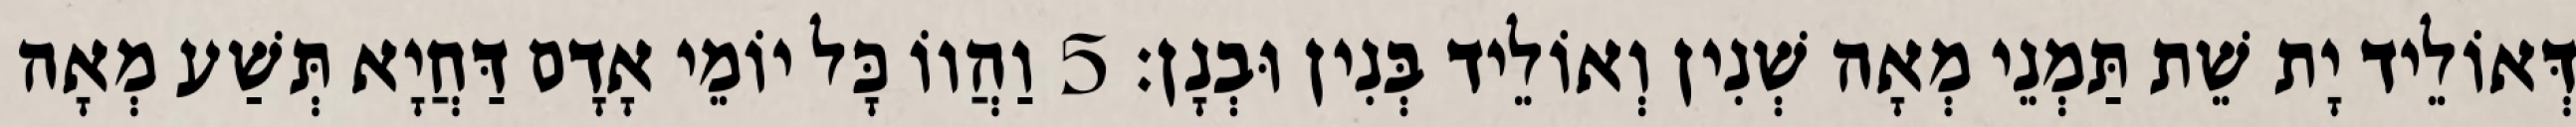
דְּאוֹלֵיד יָת שֵׁת תַּמְנֵי מְאָה שְׁנִין וְאוֹלֵיד בְּנִין וּבְנָן׃ 5 וַהֲווֹ כָּל יוֹמֵי אָדָם דַּחֲיָא תְּשַׁע מְאָה